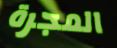
المجرة